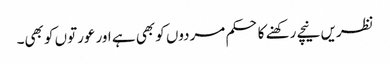
نظریں نیچے رکھنے کا حکم مردوں کو بھی ہے اور عورتوں کو بھی۔